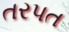
તરપત